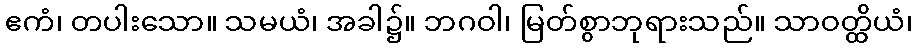
ဧကံ၊ တပါးသော။ သမယံ၊ အခါ၌။ ဘဂဝါ၊ မြတ်စွာဘုရားသည်။ သာဝတ္ထိယံ၊